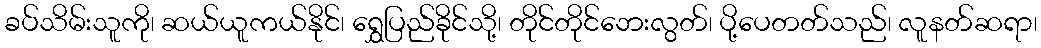
ခပ်သိမ်းသူကို၊ ဆယ်ယူကယ်နိုင်၊ ရွှေပြည်ခိုင်သို့၊ တိုင်တိုင်ဘေးလွတ်၊ ပို့ပေတတ်သည်၊ လူနတ်ဆရာ၊